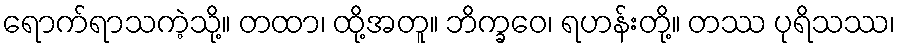
ရောက်ရာသကဲ့သို့။ တထာ၊ ထို့အတူ။ ဘိက္ခဝေ၊ ရဟန်းတို့။ တဿ ပုရိသဿ၊